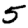
Digit: 5